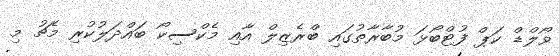
ވޯލްޑް ކަޕް ފުޓްބޯޅަ މުބާރާތުގައި ބްރެޒިލް އާއި މެކްސިކޯ ބައްދަލުކުރި މެޗު މި